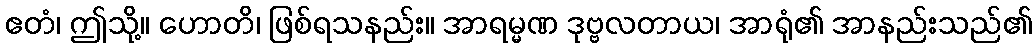
ဧတံ၊ ဤသို့။ ဟောတိ၊ ဖြစ်ရသနည်း။ အာရမ္မဏ ဒုဗ္ဗလတာယ၊ အာရုံ၏ အာနည်းသည်၏